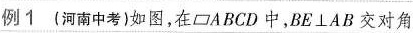
例1(河南中考)如图，在□ABCD中，$$B E \perp A B$$交对角